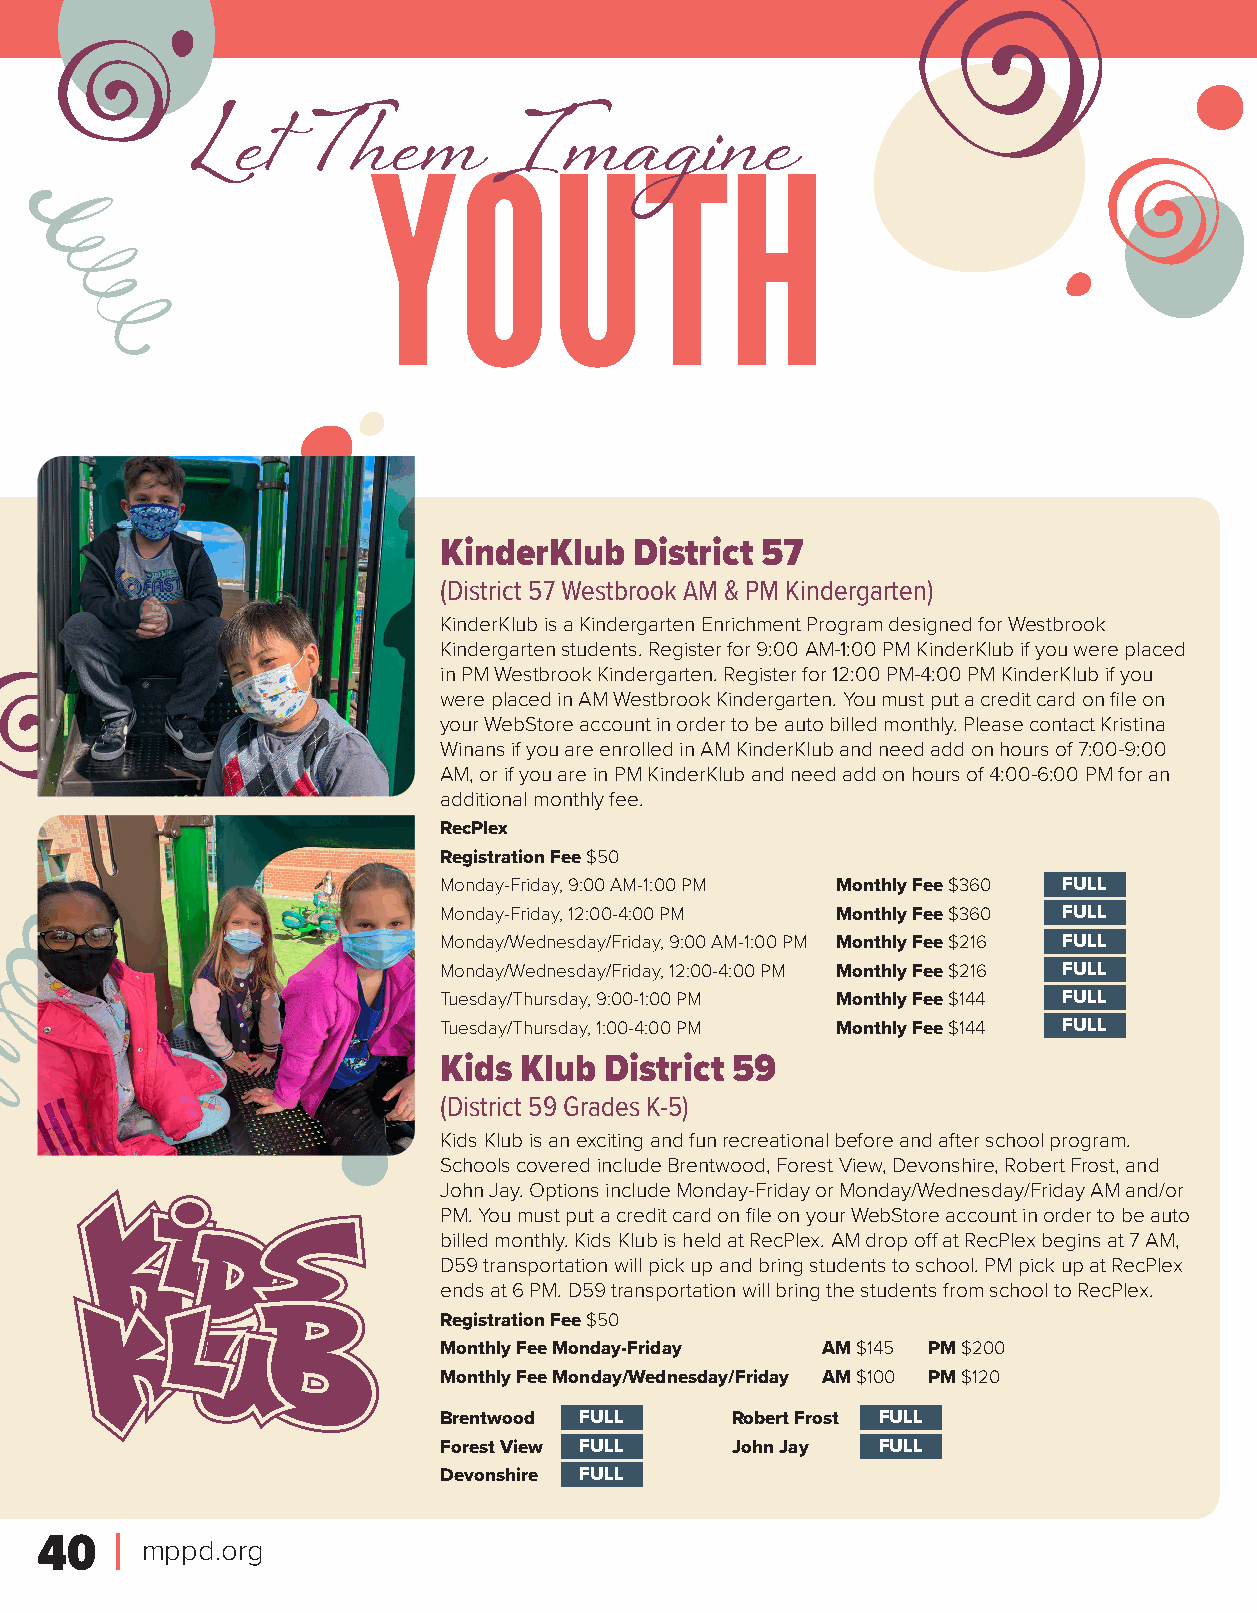
Let     T  hem      Imagine
 YOUTH
 KinderKlub   District 57
 (District 57 Westbrook AM & PM Kindergarten)
 KinderKlub is a Kindergarten Enrichment Program designed for Westbrook
 Kindergarten students. Register for 9:00 AM-1:00 PM KinderKlub if you were placed
 in PM Westbrook Kindergarten. Register for 12:00 PM-4:00 PM KinderKlub if you
 were placed in AM Westbrook Kindergarten. You must put a credit card on file on
 your WebStore account in order to be auto billed monthly. Please contact Kristina
 Winans if you are enrolled in AM KinderKlub and need add on hours of 7:00-9:00
 AM, or if you are in PM KinderKlub and need add on hours of 4:00-6:00 PM for an
 additional monthly fee.
 RecPlex
 Registration Fee $50
 Monday-Friday, 9:00 AM-1:00 PM Monthly Fee $360 4F12U0L0L
 Monday-Friday, 12:00-4:00 PM Monthly Fee $360 4F12U0L1L
 Monday/Wednesday/Friday, 9:00 AM-1:00 PM Monthly Fee $216 4F12U0L4L
 Monday/Wednesday/Friday, 12:00-4:00 PM Monthly Fee $216 4F12U0L6L
 Tuesday/Thursday, 9:00-1:00 PM Monthly Fee $144 4F2U6L5L1
 Tuesday/Thursday, 1:00-4:00 PM Monthly Fee $144 4F2U6L5L2
 Kids Klub  District 59
 (District 59 Grades K-5)
 Kids Klub is an exciting and fun recreational before and after school program.
 Schools covered include Brentwood, Forest View, Devonshire, Robert Frost, and
 John Jay. Options include Monday-Friday or Monday/Wednesday/Friday AM and/or
 PM. You must put a credit card on file on your WebStore account in order to be auto
 billed monthly. Kids Klub is held at RecPlex. AM drop off at RecPlex begins at 7 AM,
 D59 transportation will pick up and bring students to school. PM pick up at RecPlex
 ends at 6 PM. D59 transportation will bring the students from school to RecPlex.
 Registration Fee $50
 Monthly Fee Monday-Friday AM $145 PM $200
 Monthly Fee Monday/Wednesday/Friday AM $100 PM $120
 Brentwood 41F2U17L L Robert Frost 42F1U2L3L
 Forest View 41F2U18L L John Jay 42F1U2L4L
 Devonshire 42F1U2L2L
 40     mppd.org